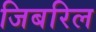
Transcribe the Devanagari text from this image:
जिबरिल